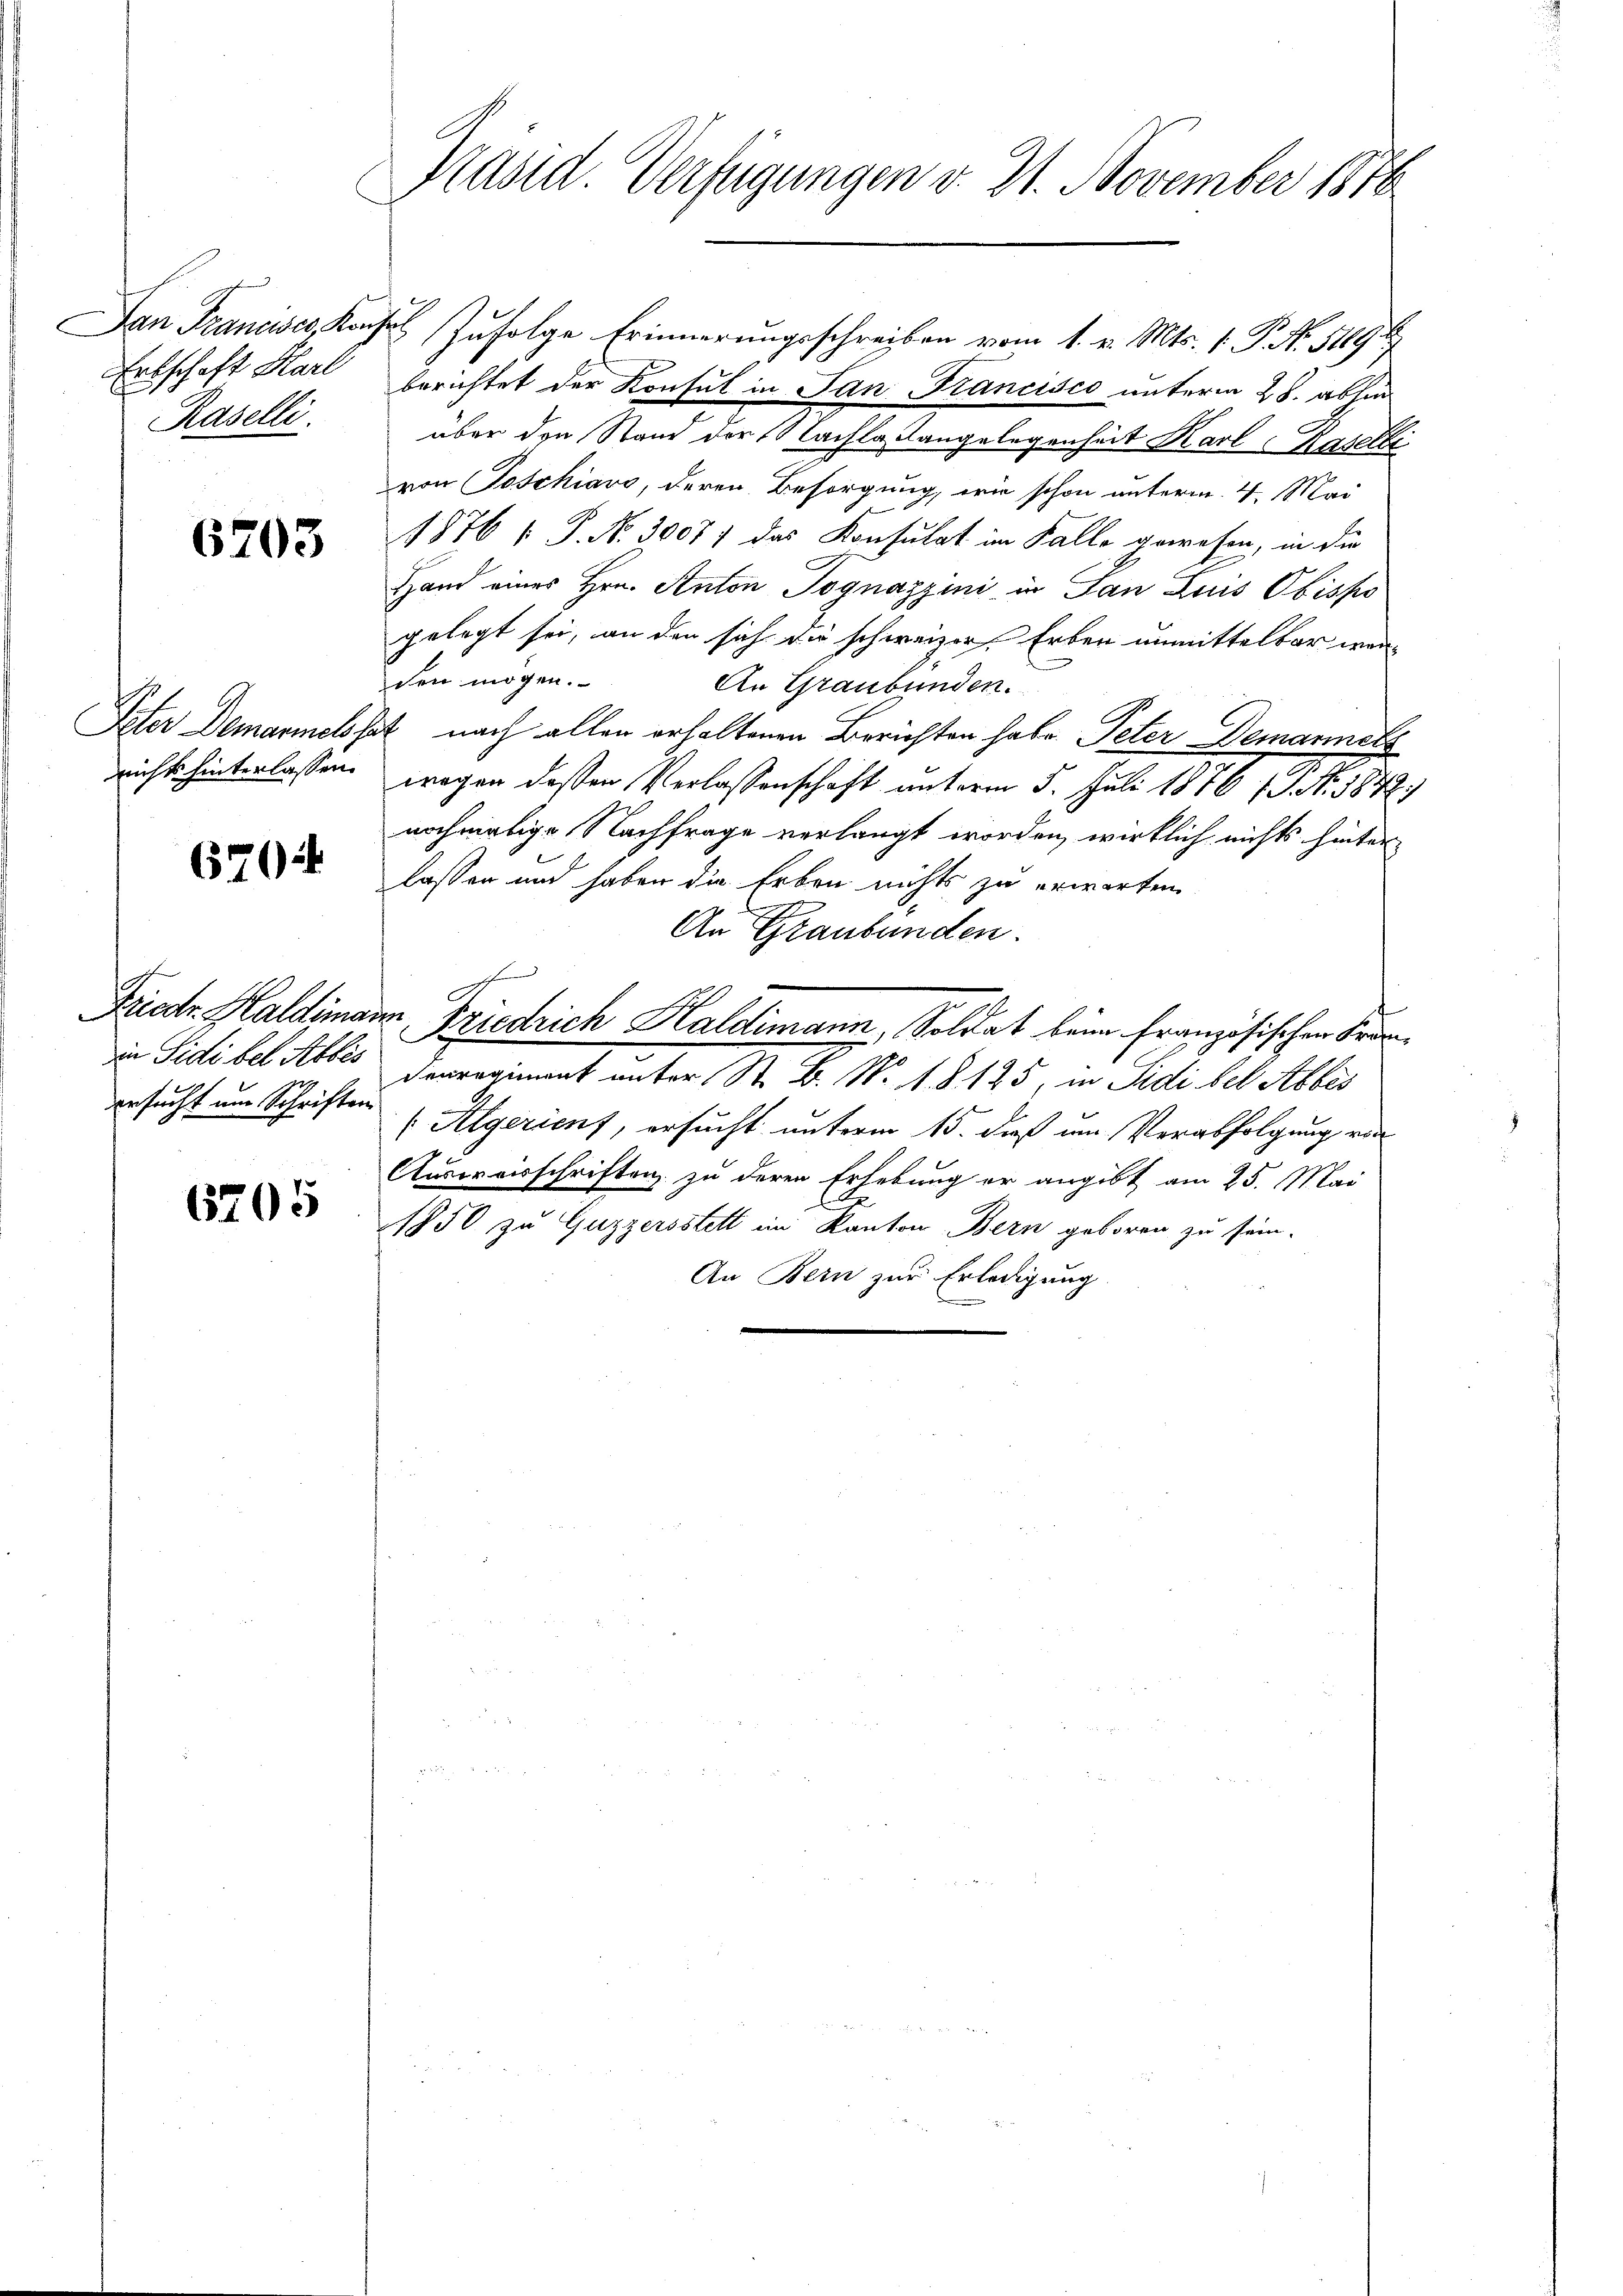
Erbschaft Karl
Raselli.

6203

6704

ersucht um Schriften

6205

Kasid. Verfügungen d. 21. November 1876

San Francises, Konsul zufolge Erinnerungsschreiben vom 1. v. Mts. 1. P. No. 51691
berichtet der Konsul in Jan Krancisco unterm 28. abhin
über den Stand der Nachla angelegenheit Karl Raselli
von Toschiavo, deren Besorgung, wie schon unterm 4. Mai
1876 1 P. No. 30077 das Konsulat im Falle gewesen, in die
Hand eines Hrn. Anton Jognazzini in Jan Luis Obispo
gelegt sei, an den sich die schweizer. Erben unmittelbar wen
den mögen.
An Graubünden.
Peter Demarinelöset nach allen erhaltenen Berichten habe Peter Demannels
nichts hinterlassen wegen deßen Verlassenschaft unterm 5. Juli 1876 ( P. Nr. 1878.)
nochmalige Nachfrage verlangt worden, wirklich nichts hinterlassen und haben die Erben nichts zu erwarten.
An Graubünden.
Friste Haldimann, Friedrich Haldimann, Soldat beim französischen Franin Sidibel Abbes der regiment unter St. B. No. 18125, in Sidi bel Abbes
(Algerient, ersucht unterm 15. daß um Verabfolgung von
Ausweisschriften zu deren Erhebung er angibt am 25. Mai
E
1850 zu Guzzersstelt im Kanton Bern geboren zu sein.
An Bern zur Erledigung
.